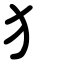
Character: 犭